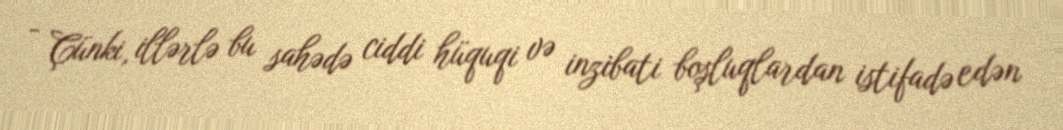
- Çünki, illərlə bu sahədə ciddi hüquqi və inzibati boşluqlardan istifadə edən